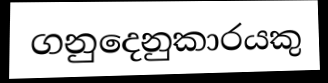
ගනුදෙනුකාරයකු